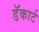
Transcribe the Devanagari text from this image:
डॅकार्ट